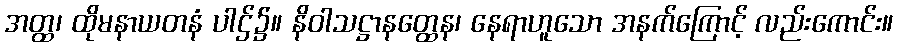
အတ္ထ၊ ထိုမနာယတနံ ပါဌ်၌။ နိဝါသဋ္ဌာနတ္ထေန၊ နေရာဟူသော အနက်ကြောင့် လည်းကောင်း။